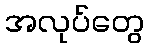
အလုပ်တွေ